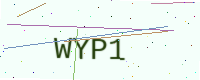
Text: WYP1